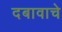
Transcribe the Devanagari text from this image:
दबावाचे